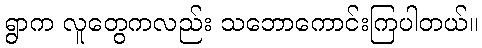
ရွာက လူတွေကလည်း သဘောကောင်းကြပါတယ်။